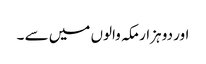
اور دو ہزار مکہ والوں میں سے ۔